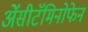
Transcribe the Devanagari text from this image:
ॲेसीटॅमिनोफेन